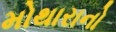
મોથારાનો